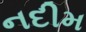
નદીમ